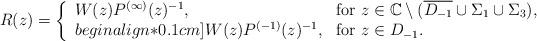
LaTeX: \begin{align*}R(z) = \left\{ \begin{array}{l l}W(z)P^{(\infty)}(z)^{-1}, & \mbox{for } z \in \mathbb{C}\setminus (\overline{D_{-1}} \cup \Sigma_{1} \cup \Sigma_{3}), \\begin{align*}0.1cm]W(z)P^{(-1)}(z)^{-1}, & \mbox{for } z \in D_{-1}.\end{array} \right.\end{align*}